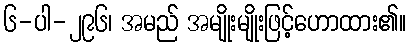
၆-ပါ-၂၉၆၊ အမည် အမျိုးမျိုးဖြင့်ဟောထား၏။